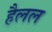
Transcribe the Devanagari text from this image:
हैलल